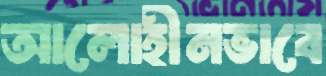
আলোহীনভাবে